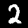
Label: 2